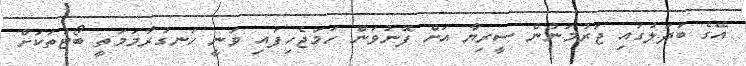
އޭގެ ބަދަލުގައި ޖަރުމަނުން ސީރިޔާ އަށް ފޮނުވަން ހަމަޖެހިފައި ވަނީ ހަނގުރާމަމަތީ ބޯޓުތަކަށް